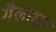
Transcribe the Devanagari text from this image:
गैलाघर